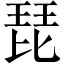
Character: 琵